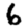
Digit: 6